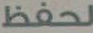
لحفظ